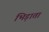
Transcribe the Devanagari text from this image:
भिड़ाता